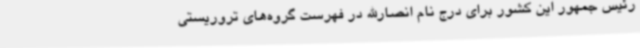
رئیس جمهور این کشور برای درج نام انصارالله در فهرست گروه‌های تروریستی